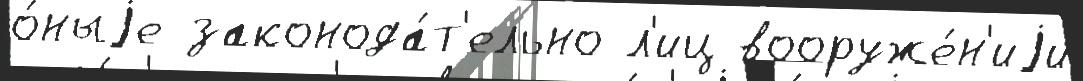
о́ныjе законода́т'ельно л'иц вооруже́н'иjи